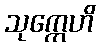
သုက္ကေဟိ